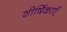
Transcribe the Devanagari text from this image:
शीर्षिकाएँ